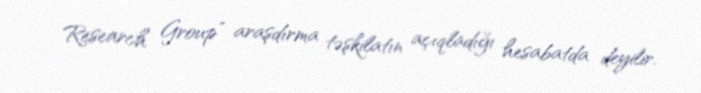
Research Group” araşdırma təşkilatın açıqladığı hesabatda deyilir.